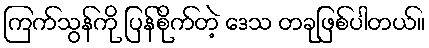
ကြက်သွန်ကို ပြန်စိုက်တဲ့ ဒေသ တခုဖြစ်ပါတယ်။